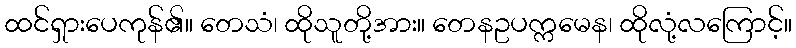
ထင်ရှားပေကုန်၏။ တေသံ၊ ထိုသူတို့အား။ တေနဥပက္ကမေန၊ ထိုလုံ့လကြောင့်။